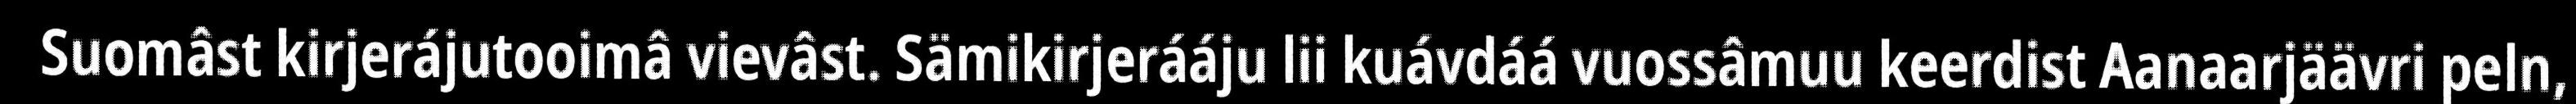
Suomâst kirjerájutooimâ vievâst. Sämikirjerááju lii kuávdáá vuossâmuu keerdist Aanaarjäävri peln,